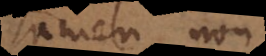
tamen non